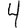
Digit: 4